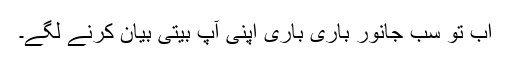
اب تو سب جانور باری باری اپنی آپ بیتی بیان کرنے لگے۔